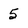
Character: 5